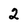
Character: 2